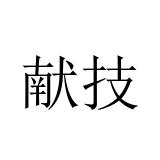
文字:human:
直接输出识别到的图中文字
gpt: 献技